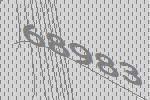
68983